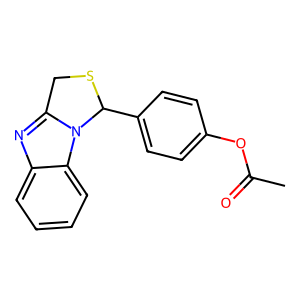
SMILES: CC(=O)Oc1ccc(C2SCc3nc4ccccc4n32)cc1
Inhibits HIV replication: No